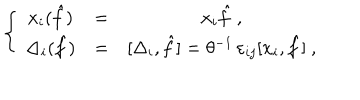
LaTeX: \left\{ ~ \begin{array} { c c c } { { x _ { i } ( \hat { f } ) } } & { { = } } & { { x _ { i } { \hat { f } } ~ , \nonumber } } \\ { { \Delta _ { i } ( { \hat { f } } ) } } & { { = } } & { { [ \Delta _ { i } , { \hat { f } } ] = \theta ^ { - 1 } \, \varepsilon _ { i j } [ x _ { i } , { \hat { f } } ] ~ , } } \\ \end{array} \right.